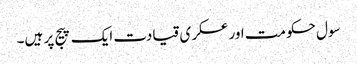
سول حکومت اور عسکری قیادت ایک پیج پر ہیں۔